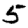
Digit: 5